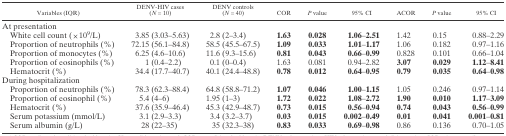
<table><thead><tr><td><b>Variables (IQR)</b></td><td><b>DENV-HIV cases (<i>N</i> = 10)</b></td><td><b>DENV controls (<i>N</i> = 40)</b></td><td><b>COR</b></td><td><b><i>P</i> value</b></td><td><b>95% CI</b></td><td><b>ACOR</b></td><td><b><i>P</i> value</b></td><td><b>95% CI</b></td></tr></thead><tbody><tr><td colspan="9">At presentation</td></tr><tr><td> White cell count (×10<sup>9</sup>/L)</td><td>3.85 (3.03–5.63)</td><td>2.8 (2–3.4)</td><td><b>1.63</b></td><td><b>0.028</b></td><td><b>1.06</b>–<b>2.51</b></td><td>1.42</td><td>0.15</td><td>0.88–2.29</td></tr><tr><td> Proportion of neutrophils (%)</td><td>72.15 (56.1–84.8)</td><td>58.5 (45.5–67.5)</td><td><b>1.09</b></td><td><b>0.033</b></td><td><b>1.01</b>–<b>1.17</b></td><td>1.06</td><td>0.182</td><td>0.97–1.16</td></tr><tr><td> Proportion of monocytes (%)</td><td>6.25 (4.6–10.6)</td><td>11.6 (9.3–15.6)</td><td><b>0.81</b></td><td><b>0.043</b></td><td><b>0.66</b>–<b>0.99</b></td><td>0.828</td><td>0.101</td><td>0.66–1.04</td></tr><tr><td> Proportion of eosinophils (%)</td><td>1 (0.4–2.2)</td><td>0.1 (0–0.4)</td><td>1.63</td><td>0.081</td><td>0.94–2.82</td><td><b>3.07</b></td><td><b>0.029</b></td><td><b>1.12</b>–<b>8.41</b></td></tr><tr><td> Hematocrit (%)</td><td>34.4 (17.7–40.7)</td><td>40.1 (24.4–48.8)</td><td><b>0.78</b></td><td><b>0.012</b></td><td><b>0.64</b>–<b>0.95</b></td><td><b>0.79</b></td><td><b>0.035</b></td><td><b>0.64</b>–<b>0.98</b></td></tr><tr><td colspan="9">During hospitalization</td></tr><tr><td> Proportion of neutrophils (%)</td><td>78.3 (62.3–88.4)</td><td>64.8 (58.8–71.2)</td><td><b>1.07</b></td><td><b>0.046</b></td><td><b>1.00</b>–<b>1.15</b></td><td>1.05</td><td>0.246</td><td>0.97–1.14</td></tr><tr><td> Proportion of eosinophil (%)</td><td>5.4 (4–6)</td><td>1.95 (1–3)</td><td><b>1.72</b></td><td><b>0.022</b></td><td><b>1.08</b>–<b>2.72</b></td><td><b>1.90</b></td><td><b>0.010</b></td><td><b>1.17</b>–<b>3.09</b></td></tr><tr><td> Hematocrit (%)</td><td>37.6 (35.9–46.4)</td><td>45.3 (42.9–48.7)</td><td><b>0.73</b></td><td><b>0.015</b></td><td><b>0.56</b>–<b>0.94</b></td><td><b>0.74</b></td><td><b>0.043</b></td><td><b>0.56</b>–<b>0.99</b></td></tr><tr><td> Serum potassium (mmol/L)</td><td>3.1 (2.9–3.3)</td><td>3.4 (3.2–3.7)</td><td><b>0.03</b></td><td><b>0.015</b></td><td><b>0.002</b>–<b>0.49</b></td><td><b>0.01</b></td><td><b>0.041</b></td><td><b>0.001</b>–<b>0.81</b></td></tr><tr><td> Serum albumin (g/L)</td><td>28 (22–35)</td><td>35 (32.3–38)</td><td><b>0.83</b></td><td><b>0.033</b></td><td><b>0.69</b>–<b>0.98</b></td><td>0.86</td><td>0.136</td><td>0.70–1.05</td></tr></tbody></table>